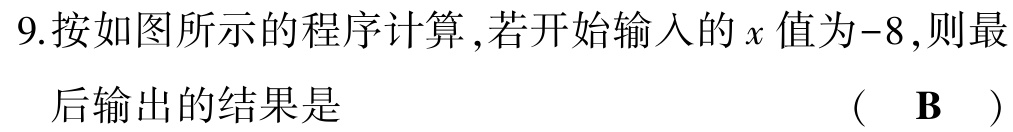
9.按如图所示的程序计算,若开始输入的\(x\)值为\(-8\),则最后输出的结果是 （ \(\mathbf{B}\) ）